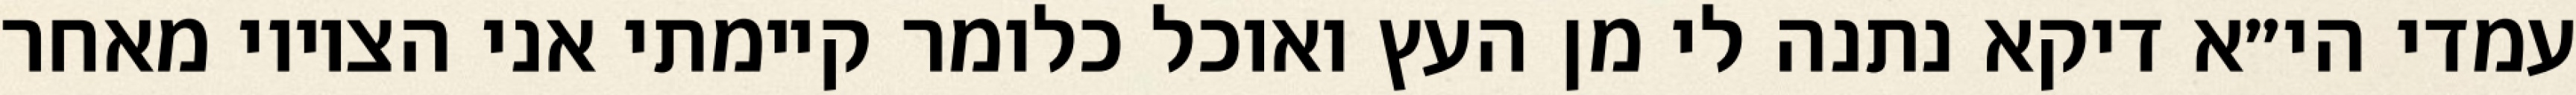
עמדי הי״א דיקא נתנה לי מן העץ ואוכל כלומר קיימתי אני הציווי מאחר